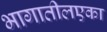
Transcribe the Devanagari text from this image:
भागातीलएका